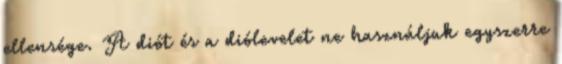
ellensége. A diót és a diólevelet ne használjuk egyszerre